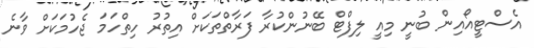
އެސްޓީއޯއިން ބުނީ މިއީ ލިފްޓް ބޭނުންކުރާ ފަރާތްތަކަށް އިތުރު ހިތްހަމަ ޖެހުމަކަށް ވާނެ